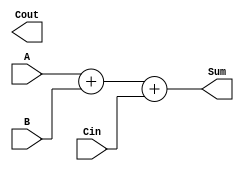
module carry_lookahead_adder(
    input [3:0] A,
    input [3:0] B,
    input Cin,
    output [3:0] Sum,
    output Cout
);

wire [3:0] P, G;
wire [2:0] C;

assign P = A ^ B;
assign G = A & B;
assign C[0] = Cin;

assign C[1] = G[0] | (P[0] & C[0]);
assign C[2] = G[1] | (P[1] & G[0]) | (P[1] & P[0] & C[0]);
assign C[3] = G[2] | (P[2] & G[1]) | (P[2] & P[1] & G[0]) | (P[2] & P[1] & P[0] & C[0]);

assign Sum = A + B + Cin;
assign Cout = C[3];

endmodule